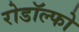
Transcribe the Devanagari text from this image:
रोडॉल्फो